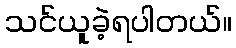
သင်ယူခဲ့ရပါတယ်။